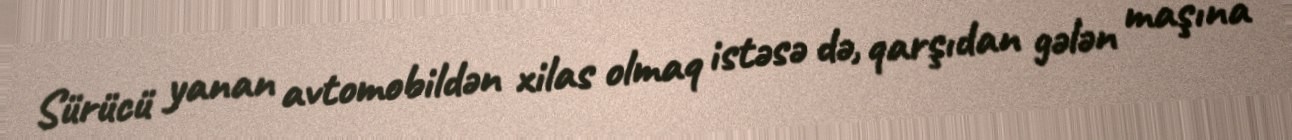
Sürücü yanan avtomobildən xilas olmaq istəsə də, qarşıdan gələn maşına